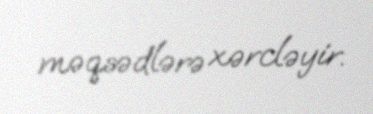
məqsədlərə xərcləyir.